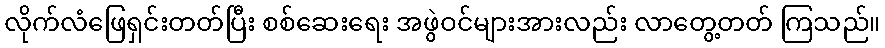
လိုက်လံဖြေရှင်းတတ်ပြီး စစ်ဆေးရေး အဖွဲဝင်များအားလည်း လာတွေ့တတ် ကြသည်။